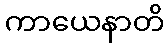
ကာယေနာတိ